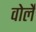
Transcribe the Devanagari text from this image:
वोर्ले